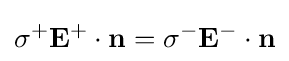
\sigma ^{+}\mathbf {E} ^{+}\cdot \mathbf {n} =\sigma ^{-}\mathbf {E} ^{-}\cdot \mathbf {n}